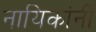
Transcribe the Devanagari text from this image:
नायिकांनी